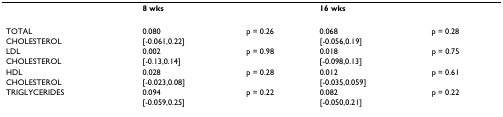
<table><thead><tr><td></td><td><b>8 wks</b></td><td></td><td><b>16 wks</b></td><td></td></tr></thead><tbody><tr><td>TOTAL</td><td>0.080</td><td>p = 0.26</td><td>0.068</td><td>p = 0.28</td></tr><tr><td>CHOLESTEROL</td><td>[-0.061,0.22]</td><td></td><td>[-0.056,0.19]</td><td></td></tr><tr><td>LDL</td><td>0.002</td><td>p = 0.98</td><td>0.018</td><td>p = 0.75</td></tr><tr><td>CHOLESTEROL</td><td>[-0.13,0.14]</td><td></td><td>[-0.098,0.13]</td><td></td></tr><tr><td>HDL</td><td>0.028</td><td>p = 0.28</td><td>0.012</td><td>p = 0.61</td></tr><tr><td>CHOLESTEROL</td><td>[-0.023,0.08]</td><td></td><td>[-0.035,0.059]</td><td></td></tr><tr><td>TRIGLYCERIDES</td><td>0.094</td><td>p = 0.22</td><td>0.082</td><td>p = 0.22</td></tr><tr><td></td><td>[-0.059,0.25]</td><td></td><td>[-0.050,0.21]</td><td></td></tr></tbody></table>